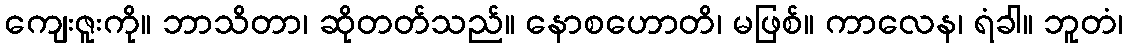
ကျေးဇူးကို။ ဘာသိတာ၊ ဆိုတတ်သည်။ နောစဟောတိ၊ မဖြစ်။ ကာလေန၊ ရံခါ။ ဘူတံ၊